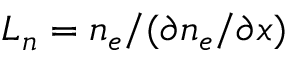
L _ { n } = n _ { e } / ( \partial n _ { e } / \partial x )